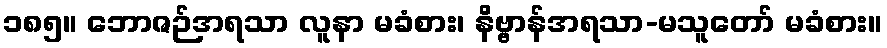
၁၈၅။ ဘောဇဉ်အရသာ လူနာ မခံစား၊ နိဗ္ဗာန်အရသာ-မသူတော် မခံစား။